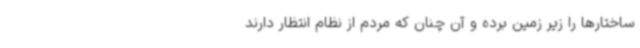
ساختارها را زیر زمین برده و آن چنان که مردم از نظام انتظار دارند